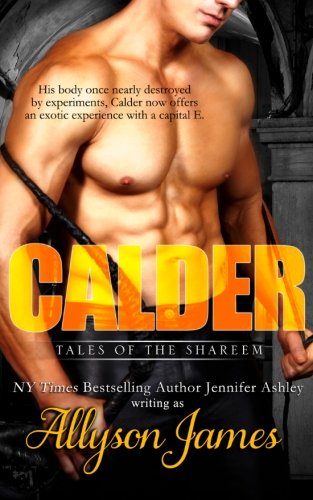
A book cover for Calder (Tales of the Shareem) (Volume 4); Allyson James; Romance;